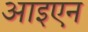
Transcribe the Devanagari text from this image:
आइएन